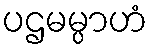
ပဌမမ္ပာဟံ